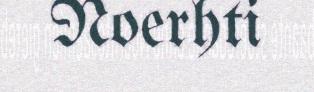
Noerhti